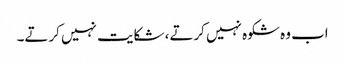
اب وہ شکوہ نہیں کرتے، شکایت نہیں کرتے۔